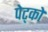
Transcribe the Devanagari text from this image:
पेट्को